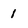
Character: 1